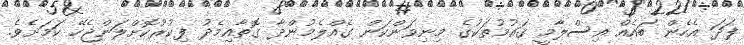
ފަދަ އެހެން ބައެއް އިސްލާމީ ޤައުމުތަކުގެ މިނިވަންކަން ގެއްލެމުންދާ ގޮތާއިމެދު ފިކުރުކޮށްލަންޖެހޭ ކަމަށެވެ.